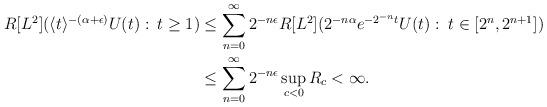
LaTeX: \begin{align*}R[L^2](\langle t \rangle^{-(\alpha + \epsilon)} U(t):\:t \geq 1)& \leq \sum_{n=0}^\infty 2^{-n\epsilon}R[L^2]( 2^{-n\alpha} e^{-2^{-n}t} U(t):\:t\in [2^n,2^{n+1}]) \\& \leq \sum_{n=0}^\infty 2^{-n\epsilon} \sup_{c < 0}R_c < \infty.\end{align*}